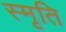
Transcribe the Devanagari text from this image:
स्‍मृति